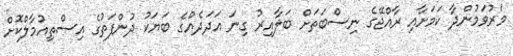
މަރުވަމުންދާ ކަމަށާއި ރާއްޖޭގެ ނިސްބަތަށް ބަލާއިރު ގިނަ އަދަދެއްގެ ބަޔަކު ދުންފަތުގެ އިސްތިއުމާލްކޮށް